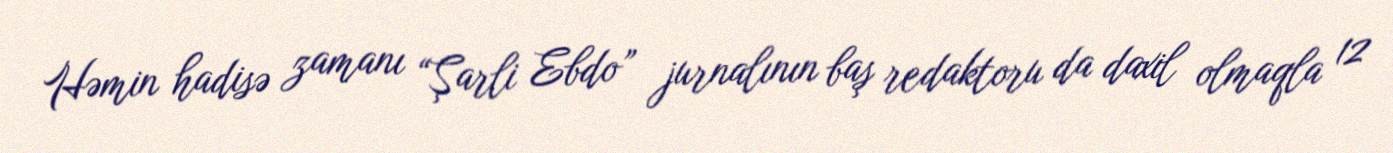
Həmin hadisə zamanı “Şarli Ebdo” jurnalının baş redaktoru da daxil olmaqla 12